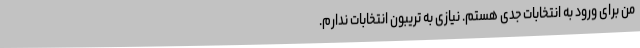
من برای ورود به انتخابات جدی هستم. نیازی به تریبون انتخابات ندارم.